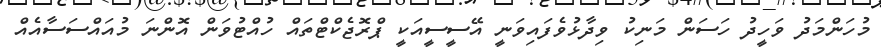
މުހަންމަދު ވަހީދު ހަސަން މަނިކު ވިދާޅުވެފައިވަނީ އޭސީސީއަކީ ޕްރޮޖެކްޓްތައް ހުއްޓުވަން އޮންނަ މުއައްސަސާއެއް